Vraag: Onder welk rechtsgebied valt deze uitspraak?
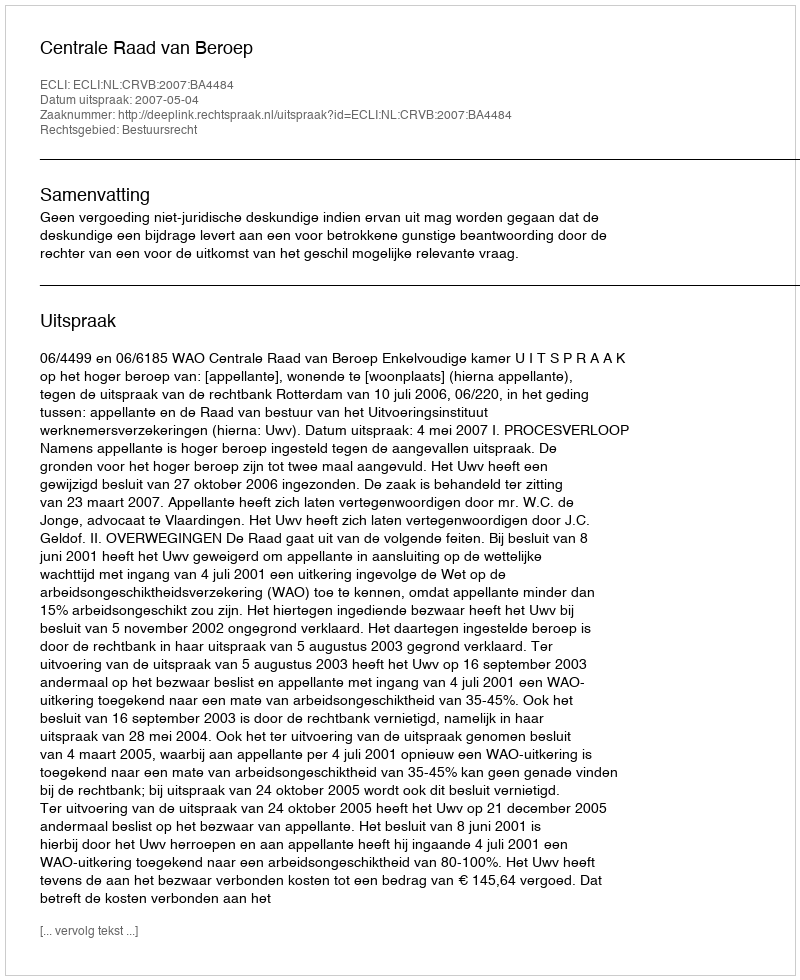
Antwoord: Bestuursrecht